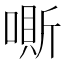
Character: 𠼹